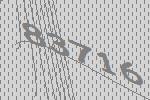
83716